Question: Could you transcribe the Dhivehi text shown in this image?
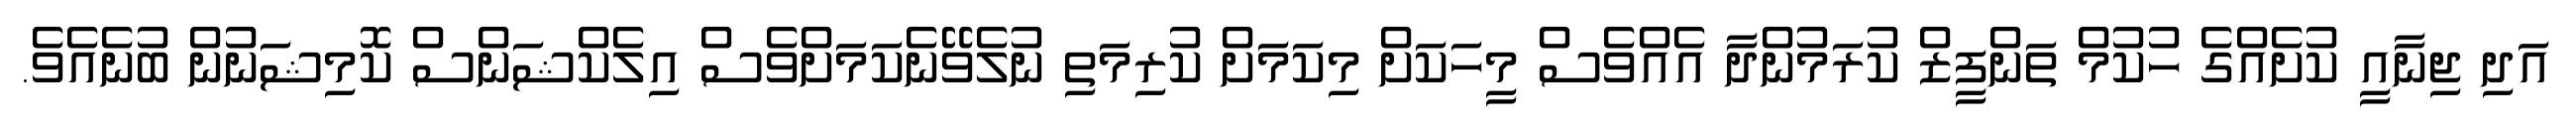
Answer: އަދި ޖިނާއީ ކުށެއްގެ ހުކުމް ތަންފީޒް ކުރަމުންދާ އެއްވެސް މީހަކަށް މިކަމަށް ކުރިމަތި ނުލެވޭނެކަމަށްވެސް އިލެކްޝަންސް ކޮމިޝަނުން ބުނެއެވެ.